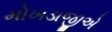
મોખડાજીએ